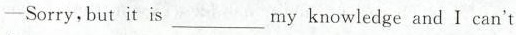
-Sorry，but it is___my knowledge and I can't